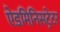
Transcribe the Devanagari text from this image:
ऐडमिनिसट्रेटर